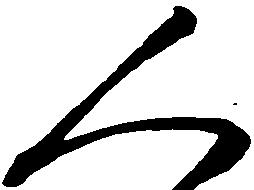
人